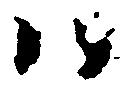
ハ